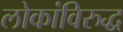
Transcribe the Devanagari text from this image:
लोकांविरुद्ध